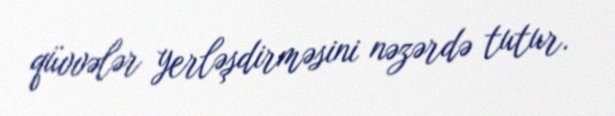
qüvvələr yerləşdirməsini nəzərdə tutur.